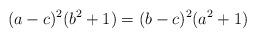
LaTeX: \begin{align*} (a-c)^2(b^2+1) = (b-c)^2(a^2+1) \end{align*}